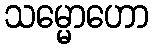
သမ္မောဟော